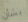
بشأن